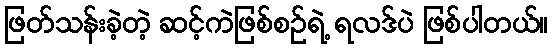
ဖြတ်သန်းခဲ့တဲ့ ဆင့်ကဲဖြစ်စဉ်ရဲ့ ရလဒ်ပဲ ဖြစ်ပါတယ်။